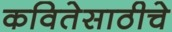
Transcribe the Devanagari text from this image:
कवितेसाठीचे